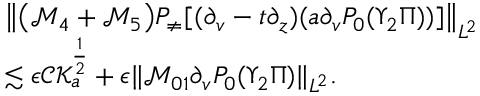
\begin{array} { r l } & { \left\| \big ( \mathcal { M } _ { 4 } + \mathcal { M } _ { 5 } \big ) P _ { \neq } [ ( \partial _ { v } - t \partial _ { z } ) ( a \partial _ { v } P _ { 0 } ( \Upsilon _ { 2 } \Pi ) ) ] \right\| _ { L ^ { 2 } } } \\ & { \lesssim \epsilon \mathcal { C K } _ { a } ^ { \frac 1 2 } + \epsilon \| \mathcal { M } _ { 0 1 } \partial _ { v } P _ { 0 } ( \Upsilon _ { 2 } \Pi ) \| _ { L ^ { 2 } } . } \end{array}